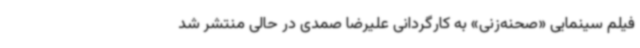
فیلم سینمایی «صحنه‌زنی» به کارگردانی علیرضا صمدی در حالی منتشر شد